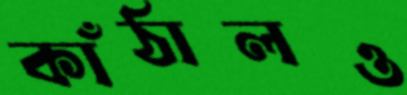
কাঁঠালও